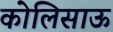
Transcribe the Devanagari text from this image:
कोलिसाऊ